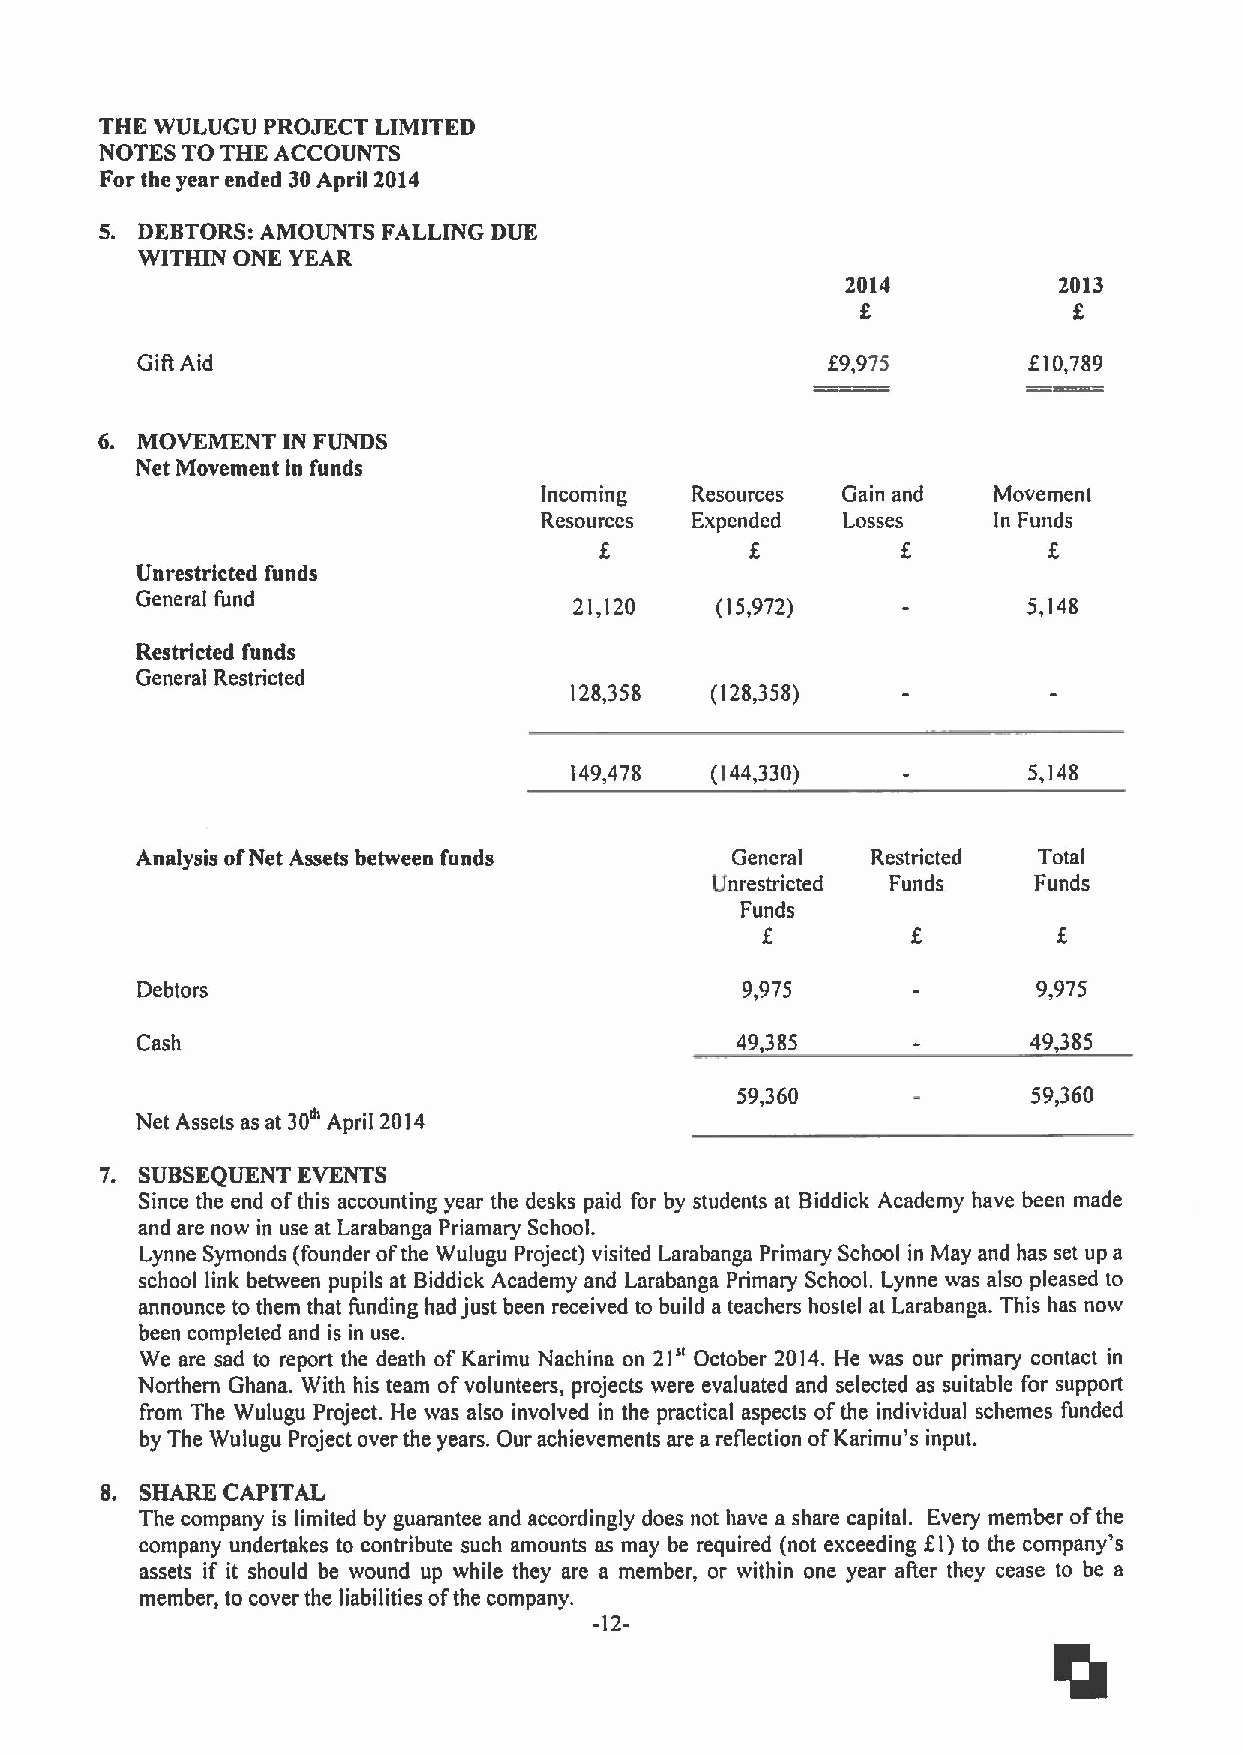
THE WULUGU PROJECT LIMITED
 NOTES TO THE ACCOUNTS
 For the year ended 30April 2014
 5. DEBTORS:AMOUNTS FALLING DUE
 WITHIN ONE YEAR
 2014          2013
 f             f
 GIIIAid                                       f9,975       f10,789
 6. MOVEMENT IN FUNDS
 Net Movement in funds
 Incoming  Resources Gain and  Movement
 Resources Expended  Losses    In Funds
 f         f
 Unrestricted funds
 General fund                 21,120   (15,972)             5,148
 Restricted funds
 General Restricted
 128,358  (128,358)
 149,478  (144,330)            5,148
 Analysis ofNet Assets between funds    General   Restricted Total
 Unrestricted Funds   Funds
 Funds
 Debtors                                 9,975               9,975
 Cash                                    49,385             49,385
 59,360             59,360
 Net Assets as at 30'" April 2014
 7. SUBSEQUENT EVENTS
 Since the end ofthis accounting year the desks paid for by students at Biddick Academy have been made
 and are now in use at Larabanga Priamary School.
 Lynne Symonds (founder ofthe Wulugu Project) visited Larabanga Primary School in May and has set up a
 school link between pupils at Biddick Academy and Larabanga Primary School. Lynne was also pleased to
 announce to them that funding had just been received to build a teachers hostel at Larabanga. This has now
 been completed and is in use.
 We are sad to report the death of Karimu Nachina on 21" October 2014. He was our primary contact in
 Northern Ghana. With his team ofvolunteers, projects were evaluated and selected as suitable for support
 from The Wulugu Project. He was also involved in the practical aspects ofthe individual schemes funded
 by The Wulugu Project over the years. Our achievements are a reflection ofKarimu's input.
 8. SHARE CAPITAL
 The company is limited by guarantee and accordingly does not have a share capital. Every member ofthe
 f
 company undertakes to contribute such amounts as may be required (not exceeding I) to the company's
 assets if it should be wound up while they are a member, or within one year afler they cease to be a
 member, to cover the liabilities ofthe company.
 -12-